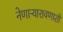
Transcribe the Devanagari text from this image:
नेणाऱ्यारावणाशी